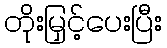
တိုးမြှင့်ပေးပြီး